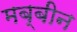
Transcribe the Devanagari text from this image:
मब्बीन